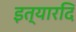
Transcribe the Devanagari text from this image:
इत्यारदि